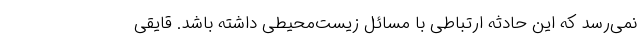
نمی‌رسد که این حادثه ارتباطی با مسائل زیست‌محیطی داشته باشد. قایقی